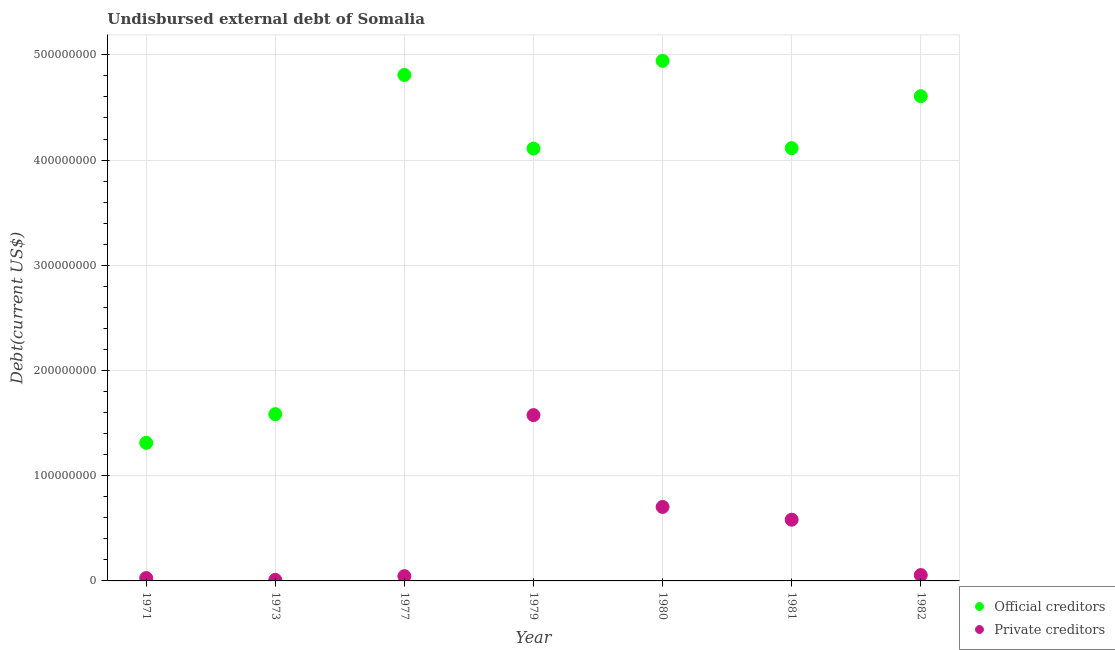
| Year | Official creditors | Private creditors |
 | --- | --- | --- |
 | 1971 | 1.31e+08 | 2.71e+06 |
 | 1973 | 1.58e+08 | 1e+06 |
 | 1977 | 4.81e+08 | 4.53e+06 |
 | 1979 | 4.11e+08 | 1.58e+08 |
 | 1980 | 4.94e+08 | 7.03e+07 |
 | 1981 | 4.11e+08 | 5.82e+07 |
 | 1982 | 4.61e+08 | 5.57e+06 |